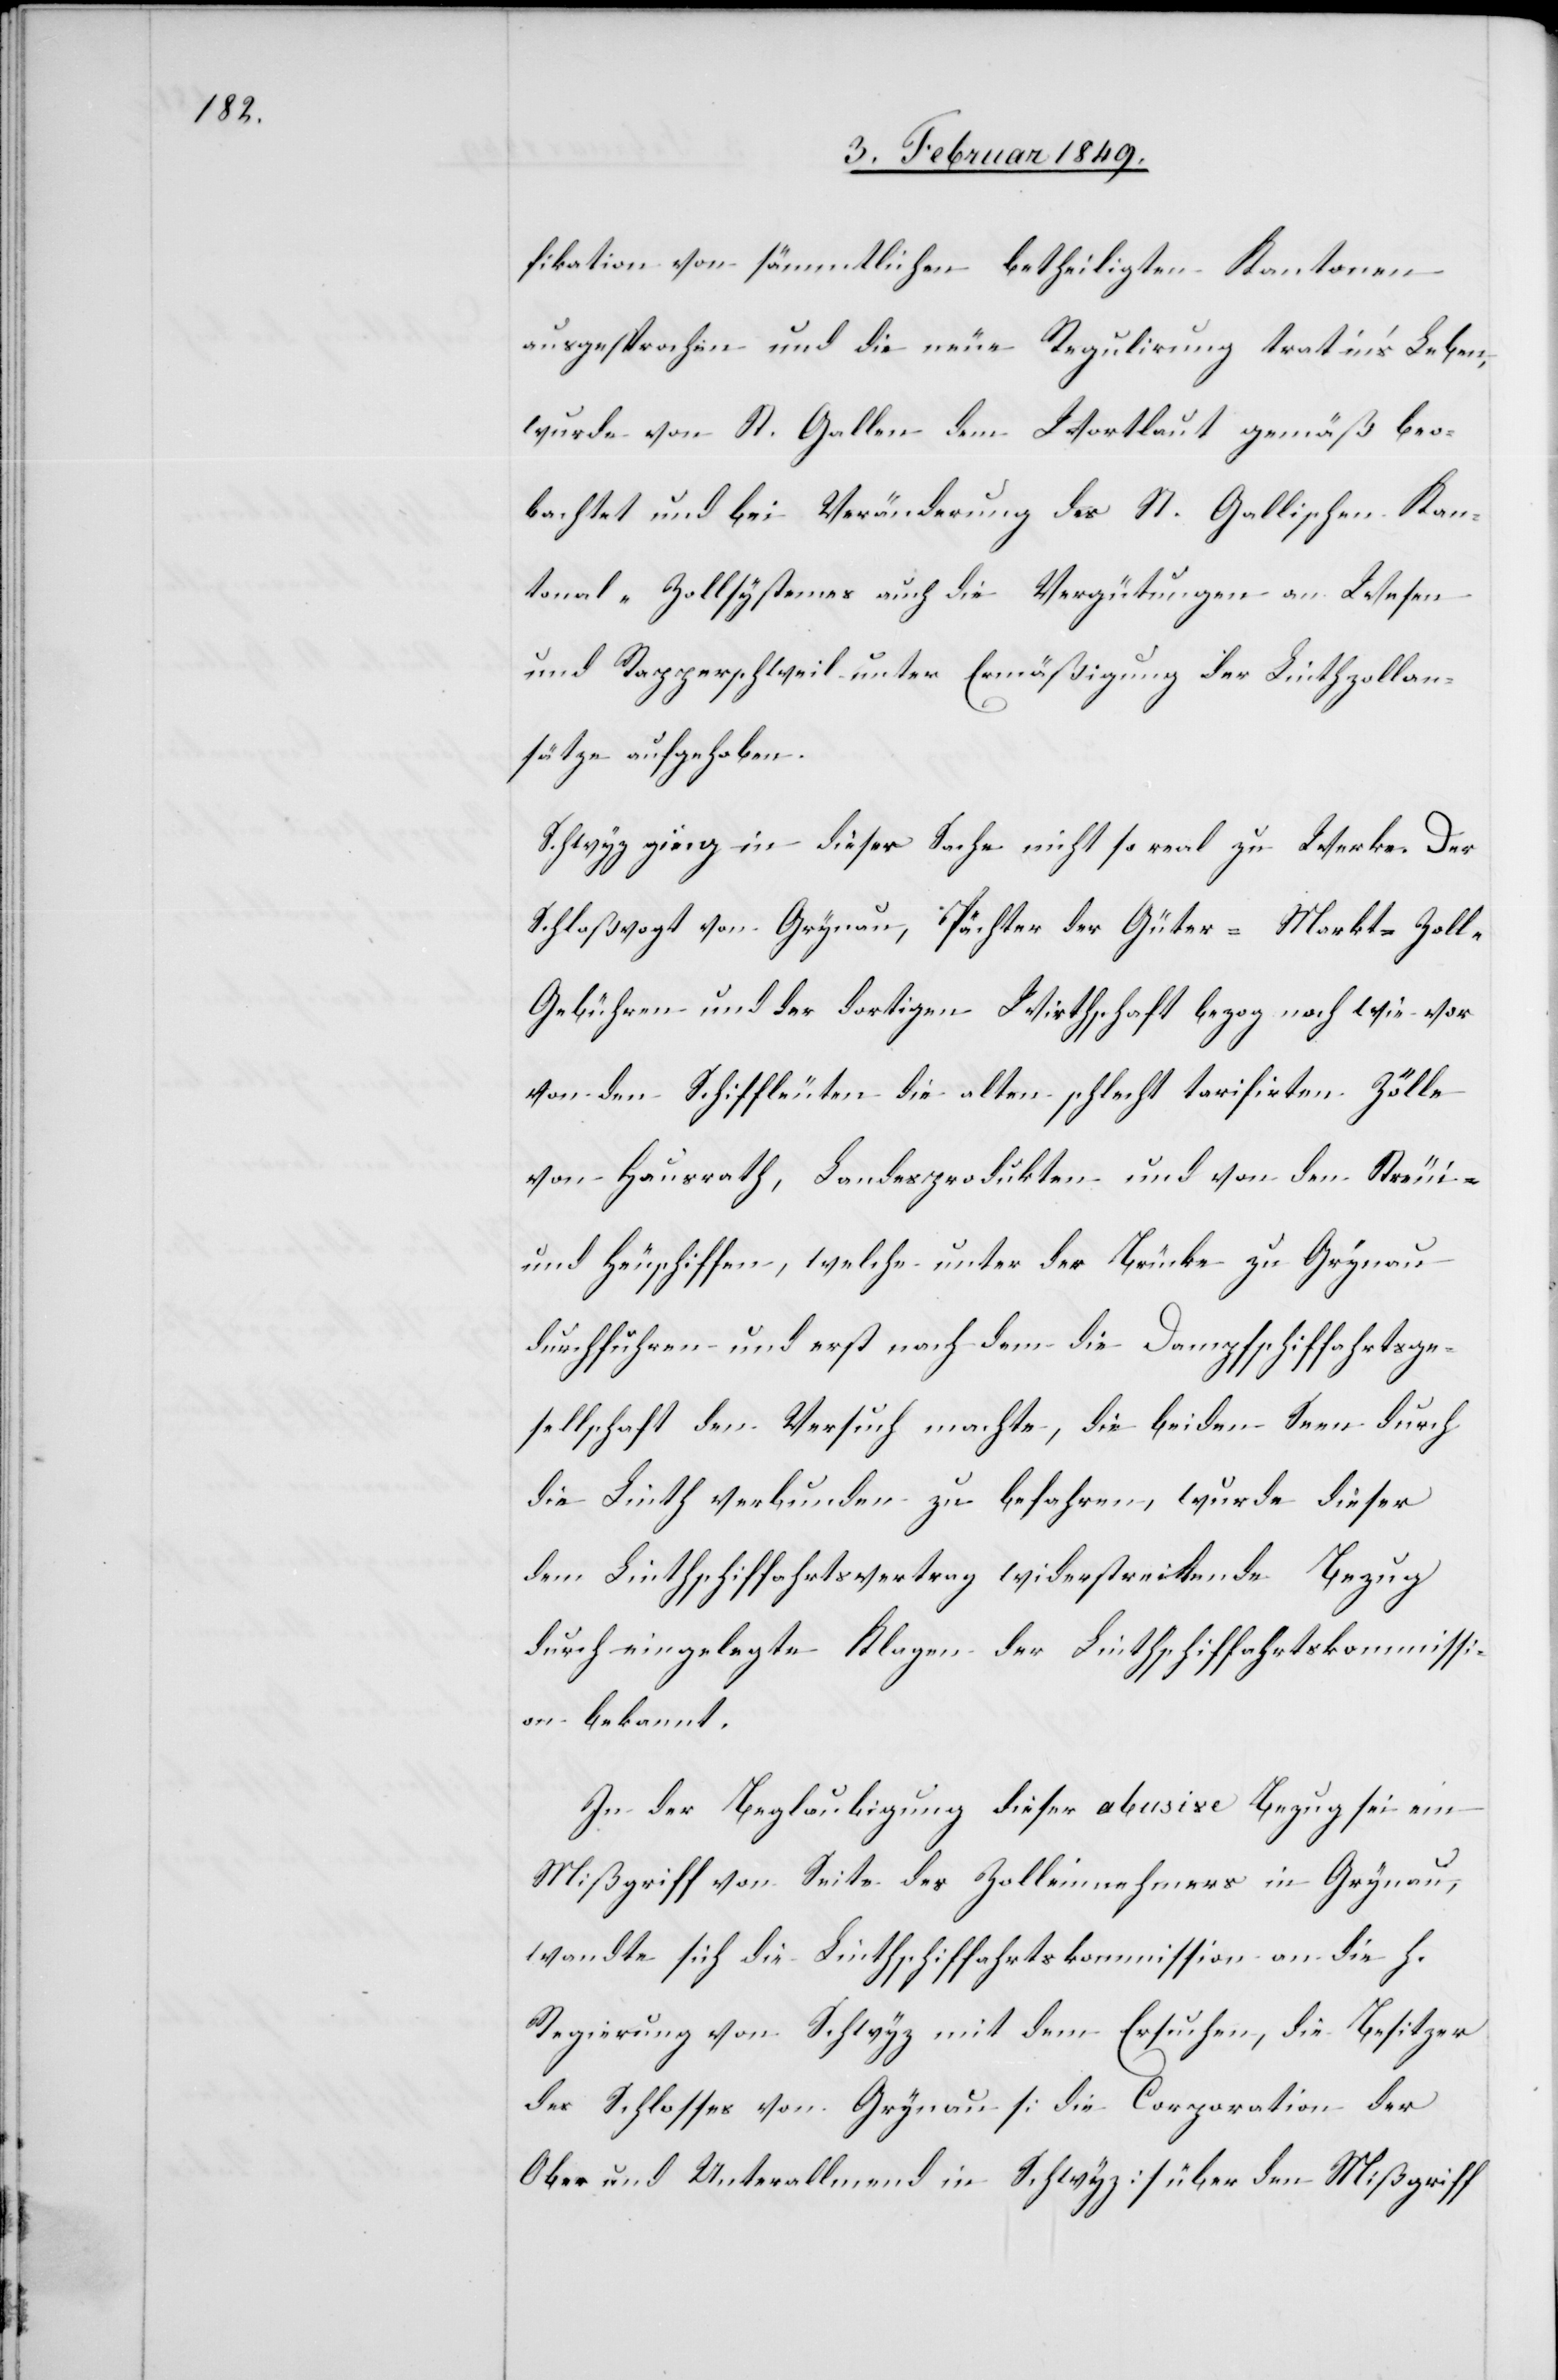
fikation von sämmtlichen betheiligten Kantonen
ausgesprochen und die neue Regulirung trat in’s Leben,
wurde von St. Gallen dem Wortlaut gemäß beo¬
bachtet und bei Veränderung des St. Gallischen Kan¬
tonal-Zollsystems auch die Vergütungen an Wesen
und Rapperschweil unter Ermäßigung der Linthzollan¬
sätze aufgehoben.
Schwyz ging in dieser Sache nicht so real zu Werke. Der
Schloßvogt von Grynau, Pächter der Güter- Markt- Zol¬
l-Gebühren und der dortigen Wirthschaft bezog nach wie vor
von den Schiffleuten die alten schlecht tarifirten Zölle
von Hausrath, Landesprodukten und von den Streui-
und Heuschiffen, welche unter der Brücke zu Grynau
durchfuhren und erst nach dem die Dampfschiffahrtsge¬
sellschaft den Versuch machte, die beiden Seen durch
die Linth verbunden zu befahren, wurde dieser
dem Linthschiffahrtsvertrag widerstreitende Bezug
durch eingelegte Klagen der Linthschiffahrtskommissi¬
on bekannt.
In der Beglaubigung dieser abusive Bezug sei ein
Mißgriff von Seite des Zolleinnehmers in Grynau,
wandte sich die Linthschiffahrtskommission an die h.
Regierung von Schwyz mit dem Ersuchen, die Besitzer
des Schlosses von Grynau [die Corporation der
Ober und Unterallmend in Schwyz] über den Mißgriff